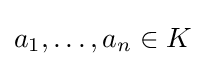
a_{1},\ldots ,a_{n}\in K